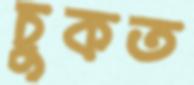
চুকত